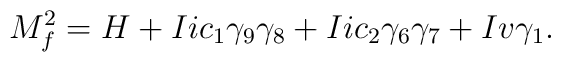
M^{2}_{f}=H+Iic_1 \gamma_9 \gamma_8 +Iic_2 \gamma_6 \gamma_7 +Iv \gamma_1.